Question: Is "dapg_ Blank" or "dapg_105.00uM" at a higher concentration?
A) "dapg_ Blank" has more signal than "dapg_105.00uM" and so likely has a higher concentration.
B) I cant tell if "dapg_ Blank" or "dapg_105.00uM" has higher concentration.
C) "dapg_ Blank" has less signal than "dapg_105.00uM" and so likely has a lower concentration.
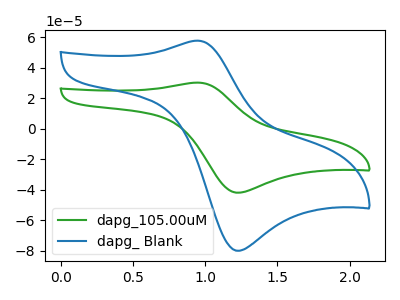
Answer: <think>The green curve "dapg_105.00uM" has an anodic peak at (0.95V, 30.30uA) and a cathodic peak at (1.25V, -41.90uA). The blue curve "dapg_ Blank" has an anodic peak at (0.95V, 57.80uA) and a cathodic peak at (1.25V, -80.00uA).
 All the peaks in "dapg_ Blank" have a peak in "dapg_105.00uM" at the same potential. Every peak in "dapg_ Blank" is higher than every peak in "dapg_105.00uM".</think>
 <answer>A) "dapg_ Blank" has more signal than "dapg_105.00uM" and so likely has a higher concentration.</answer>
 <eval>A</eval>